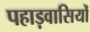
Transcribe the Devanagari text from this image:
पहाड़वासियों